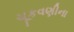
ચૂકવણીના